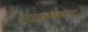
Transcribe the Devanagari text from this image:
शाहनबाज